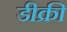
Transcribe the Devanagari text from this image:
डीक्री